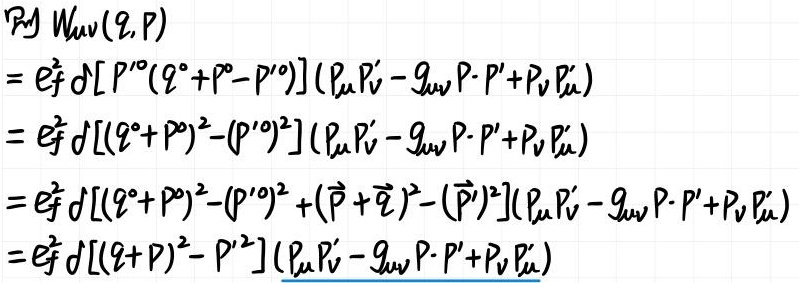
\begin{align*}
&\mathcal{P}\mathcal{J}\ W_{\mu\nu}(q, P)\\
=& e_{f}^{2} \delta\left[P^{\prime 0}\left(q^{0}+P^{0}-P^{\prime 0}\right)\right]\left(P_{\mu} P_{\nu}^{\prime}-g_{\mu\nu} P \cdot P^{\prime}+P_{\nu} P_{\mu}^{\prime}\right)\\
=& e_{f}^{2} \delta\left[\left(q^{0}+P^{0}\right)^{2}-\left(P^{\prime 0}\right)^{2}\right]\left(P_{\mu} P_{\nu}^{\prime}-g_{\mu\nu} P \cdot P^{\prime}+P_{\nu} P_{\mu}^{\prime}\right)\\
=& e_{f}^{2} \delta\left[\left(q^{0}+P^{0}\right)^{2}-\left(P^{\prime 0}\right)^{2}+(\vec{P}+\vec{q})^{2}-\left(\vec{P}^{\prime}\right)^{2}\right]\left(P_{\mu} P_{\nu}^{\prime}-g_{\mu\nu} P \cdot P^{\prime}+P_{\nu} P_{\mu}^{\prime}\right)\\
=& e_{f}^{2} \delta\left[(q + P)^{2}-P^{\prime 2}\right]\left(P_{\mu} P_{\nu}^{\prime}-g_{\mu\nu} P \cdot P^{\prime}+P_{\nu} P_{\mu}^{\prime}\right)
\end{align*}